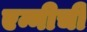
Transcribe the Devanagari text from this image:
एन्नीची